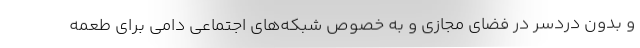
و بدون دردسر در فضای مجازی و به خصوص شبکه‌های اجتماعی دامی برای طعمه